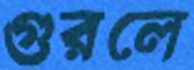
গুরলে